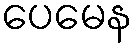
ပေမေန